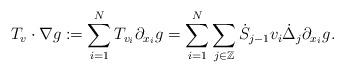
LaTeX: \begin{align*} T_v\cdot \nabla g:=\sum_{i=1}^N T_{v_i}\partial_{x_i}g = \sum_{i=1}^N \sum_{j\in \mathbb{Z}} \dot{S}_{j-1} v_i \dot\Delta_j \partial_{x_i}g.\end{align*}